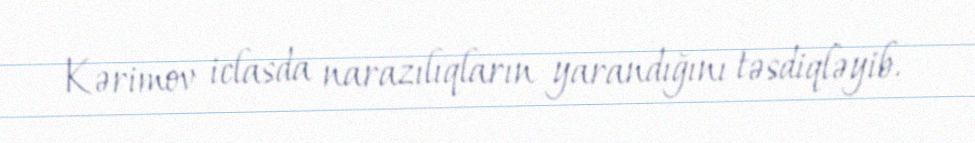
Kərimov iclasda narazılıqların yarandığını təsdiqləyib.